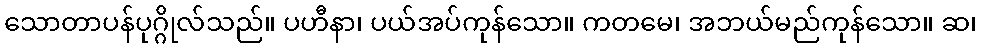
သောတာပန်ပုဂ္ဂိုလ်သည်။ ပဟီနာ၊ ပယ်အပ်ကုန်သော။ ကတမေ၊ အဘယ်မည်ကုန်သော။ ဆ၊